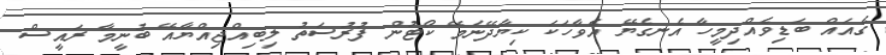
ގެއައް ބަޑިވެއްދިމީހާ އެނގެޔޭ އެވާހަކަ ކިޔާދޭނަމޭ ކޯޓުން ފުރުސަތު ލިބިއްޖިއްޔާއޭ ބުނީމާ ރައީސް